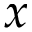
x